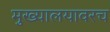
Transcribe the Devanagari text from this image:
मुख्यालयावरच